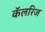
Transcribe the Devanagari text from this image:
कॅलरिज